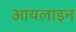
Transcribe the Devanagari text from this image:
आयलाइन